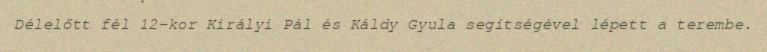
Délelőtt fél 12-kor Királyi Pál és Káldy Gyula segítségével lépett a terembe.